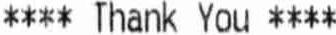
**** THANK YOU ****